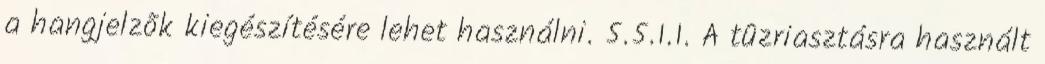
a hangjelzõk kiegészítésére lehet használni. 5.5.1.1. A tûzriasztásra használt